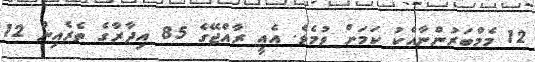
12 މެމްބަރުންނާއެކު ކަމަށް ވުމެވެ. އެއީ ރާއްޖޭގެ 85 އިދާރާގެ ތެރެއިން 12